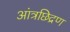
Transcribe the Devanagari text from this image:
आंत्रछिद्रण